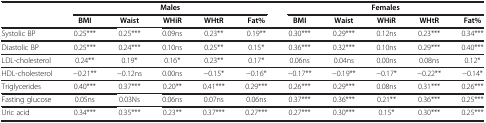
<table><thead><tr><td><b> </b></td><td colspan="5"><b>Males</b></td><td colspan="5"><b>Females</b></td></tr><tr><td><b> </b></td><td><b>BMI</b></td><td><b>Waist</b></td><td><b>WHiR</b></td><td><b>WHtR</b></td><td><b>Fat%</b></td><td><b>BMI</b></td><td><b>Waist</b></td><td><b>WHiR</b></td><td><b>WHtR</b></td><td><b>Fat%</b></td></tr></thead><tbody><tr><td>Systolic BP</td><td>0.25***</td><td>0.25***</td><td>0.09ns</td><td>0.23**</td><td>0.19**</td><td>0.30***</td><td>0.29***</td><td>0.12ns</td><td>0.23***</td><td>0.34***</td></tr><tr><td>Diastolic BP</td><td>0.25***</td><td>0.24***</td><td>0.10ns</td><td>0.25**</td><td>0.15*</td><td>0.36***</td><td>0.32***</td><td>0.10ns</td><td>0.29***</td><td>0.40***</td></tr><tr><td>LDL-cholesterol</td><td>0.24**</td><td>0.19*</td><td>0.16*</td><td>0.23**</td><td>0.17*</td><td>0.06ns</td><td>0.04ns</td><td>0.00ns</td><td>0.08ns</td><td>0.12*</td></tr><tr><td>HDL-cholesterol</td><td>−0.21**</td><td>−0.12ns</td><td>0.00ns</td><td>−0.15*</td><td>−0.16*</td><td>−0.17**</td><td>−0.19**</td><td>−0.17*</td><td>−0.22**</td><td>−0.14*</td></tr><tr><td>Triglycerides</td><td>0.40***</td><td>0.37***</td><td>0.20**</td><td>0.41***</td><td>0.29***</td><td>0.26***</td><td>0.29***</td><td>0.08ns</td><td>0.31***</td><td>0.26***</td></tr><tr><td>Fasting glucose</td><td>0.05ns</td><td>0.03Ns</td><td>0.06ns</td><td>0.07ns</td><td>0.06ns</td><td>0.37***</td><td>0.36***</td><td>0.21**</td><td>0.36***</td><td>0.25***</td></tr><tr><td>Uric acid</td><td>0.34***</td><td>0.35***</td><td>0.23**</td><td>0.37***</td><td>0.27***</td><td>0.27***</td><td>0.30***</td><td>0.15*</td><td>0.30***</td><td>0.25***</td></tr></tbody></table>